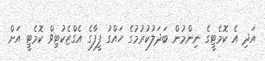
އަދި އެ ކޮމެޓީގެ ނިންމުން ބަދަލުކުރުމުގެ ހައްގު ފީފާގެ އެގްޒެކުޓިވް ކޮމެޓީ އަށް